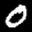
Label: 0